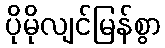
ပိုမိုလျင်မြန်စွာ